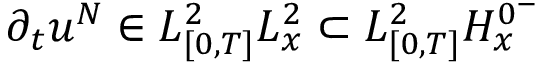
\partial _ { t } u ^ { N } \in L _ { [ 0 , T ] } ^ { 2 } L _ { x } ^ { 2 } \subset L _ { [ 0 , T ] } ^ { 2 } H _ { x } ^ { 0 ^ { - } }